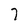
Character: 7